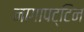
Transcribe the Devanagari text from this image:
नागापट्टिन